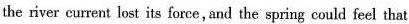
the river eurrent lost its foree,and the spring could feel that